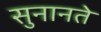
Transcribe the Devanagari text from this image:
सुनानते